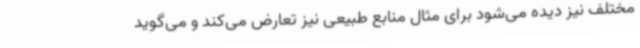
مختلف نیز دیده می‌شود برای مثال منابع طبیعی نیز تعارض می‌کند و می‌گوید